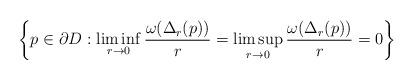
LaTeX: \begin{align*} \left\{p\in \partial D: \liminf_{r\to 0} \frac{\omega(\Delta_r(p))}{r} = \limsup_{r\to 0} \frac{\omega(\Delta_r(p))}{r} = 0 \right\} \end{align*}